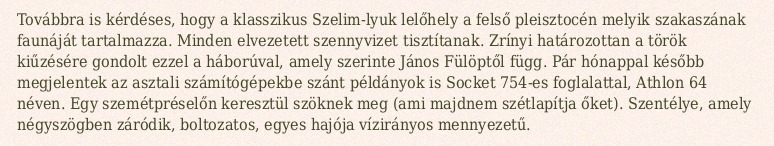
Továbbra is kérdéses, hogy a klasszikus Szelim-lyuk lelőhely a felső pleisztocén melyik szakaszának faunáját tartalmazza. Minden elvezetett szennyvizet tisztítanak. Zrínyi határozottan a török kiűzésére gondolt ezzel a háborúval, amely szerinte János Fülöptől függ. Pár hónappal később megjelentek az asztali számítógépekbe szánt példányok is Socket 754-es foglalattal, Athlon 64 néven. Egy szemétpréselőn keresztül szöknek meg (ami majdnem szétlapítja őket). Szentélye, amely négyszögben záródik, boltozatos, egyes hajója vízirányos mennyezetű.